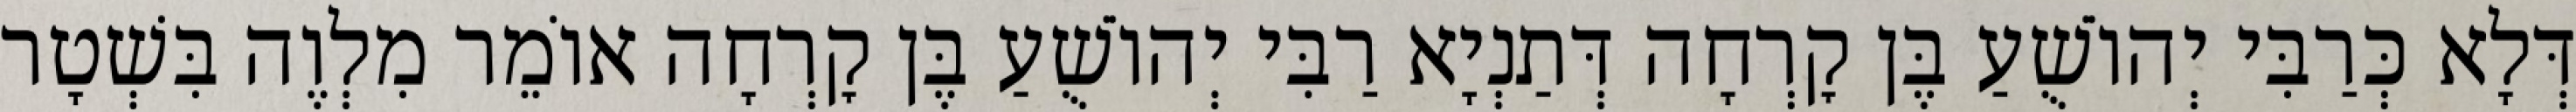
דְּלָא כְּרַבִּי יְהוֹשֻׁעַ בֶּן קׇרְחָה דְּתַנְיָא רַבִּי יְהוֹשֻׁעַ בֶּן קׇרְחָה אוֹמֵר מִלְוֶה בִּשְׁטָר